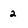
Character: 2